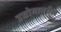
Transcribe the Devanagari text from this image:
उद्योगावरील